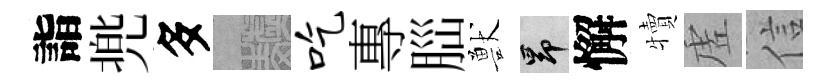
詣兠多熙吃專𦛁獸昂懈犢虗信